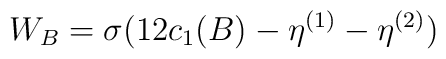
W_{B}=\sigma(12c_{1}(B)-\eta^{(1)}-\eta^{(2)})